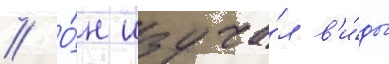
// О́н изуча́л в'и́ды